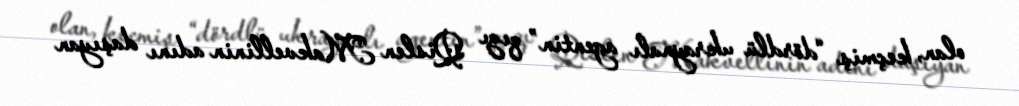
olan, keçmiş “dördlü ukraynalı agentin” qızı Qislen Makvellinin adını daşıyan